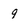
Character: 9